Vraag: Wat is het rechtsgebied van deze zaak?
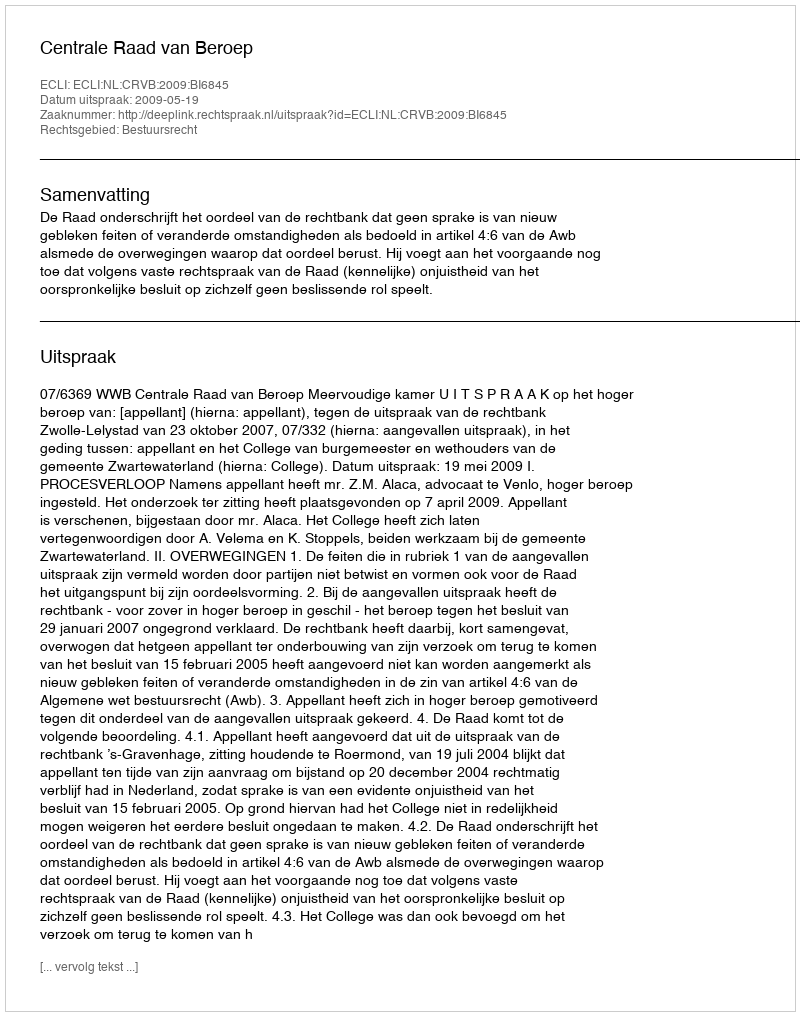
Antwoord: Bestuursrecht